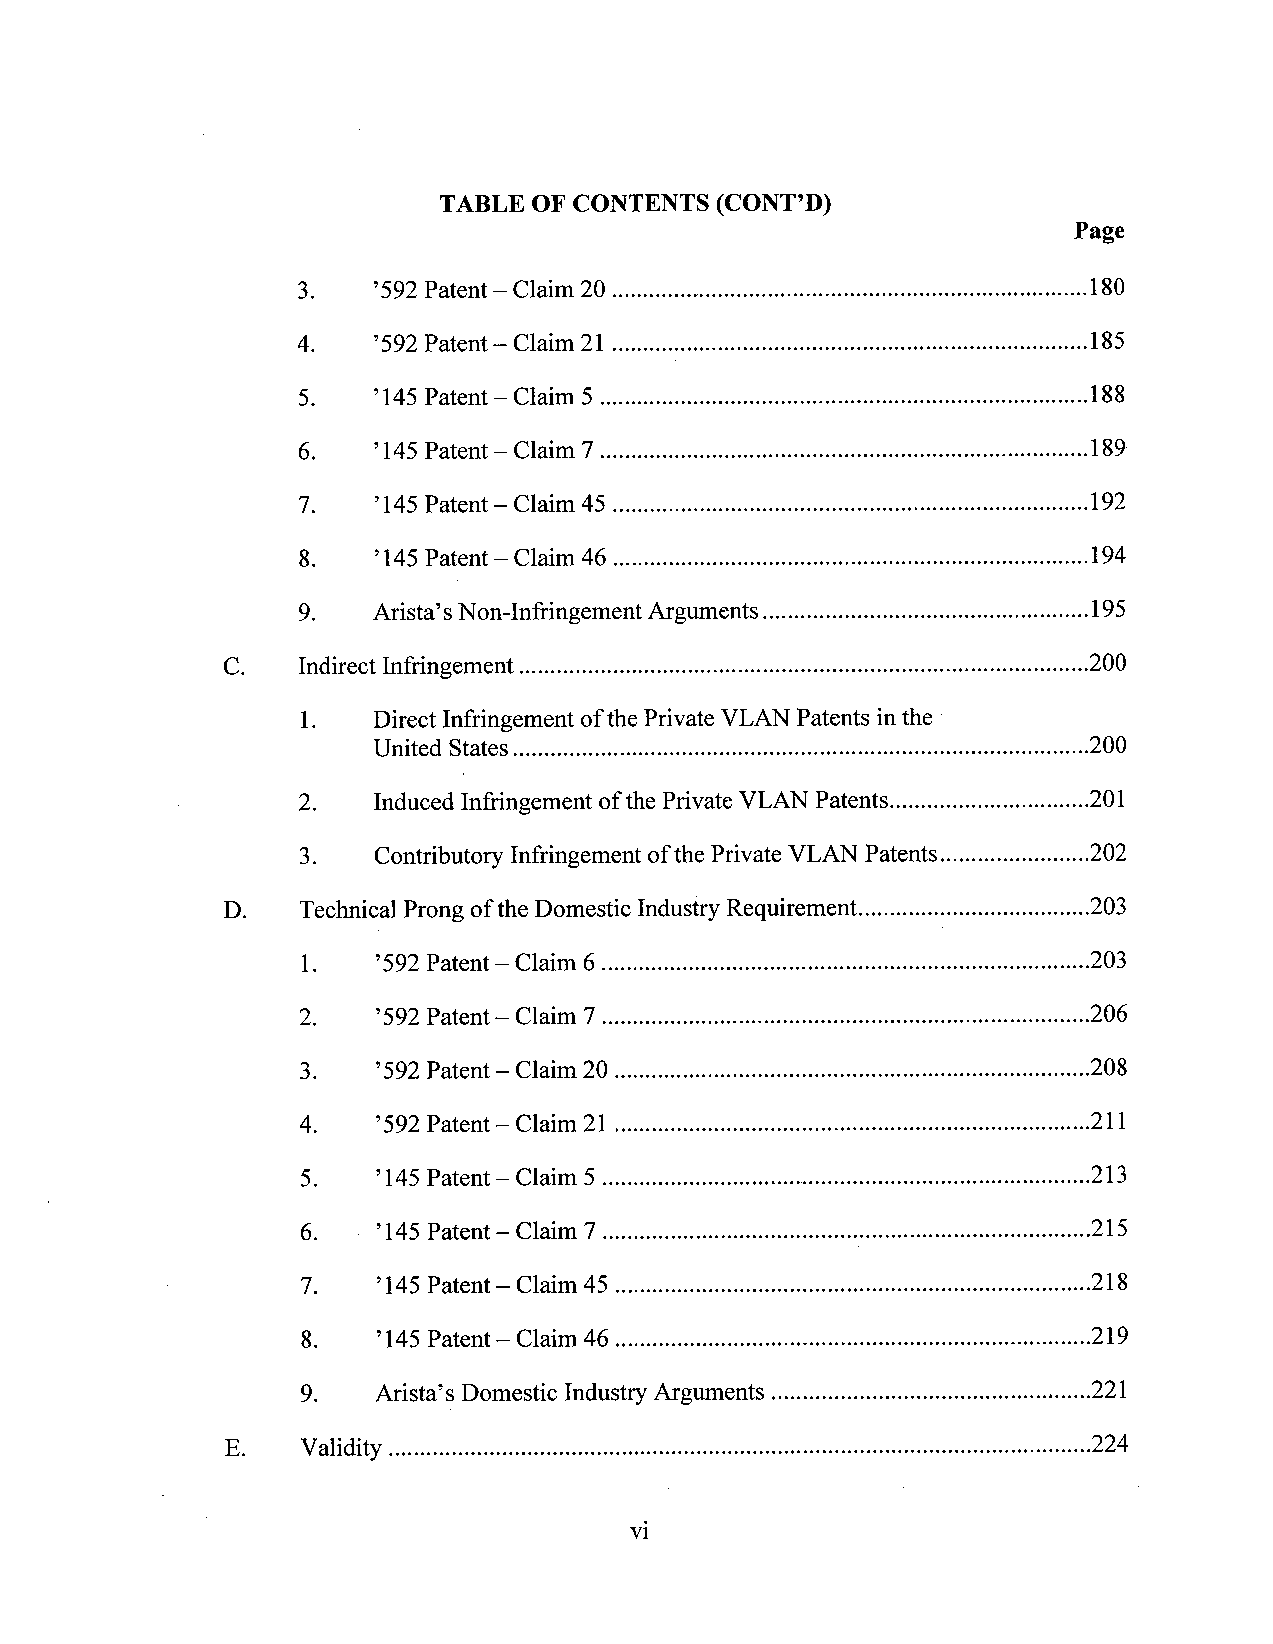
TABLE OF CONTENTS (CONT’D)
 Page
 3.   ’592Patent —Claim 20 ........................................................................... ..l80
 4.   ’592Patent —Claim 21 .......................................................................... ..185
 5.   ’l45 Patent—Claim 5 ..............................................................................188
 6.   ’145 Patent —Claim 7 ............................................................................ ..l89
 7.   ’145Patent —Claim 45 .......................................................................... ..192
 8.   ’145Patent —Claim 46 .......................................................................... ..194
 9.   Arista’s Non-Infringement Arguments....................................................195
 Indirect Infringement ......................................................................................... ..20O
 l.   Direct Infringement ofthe Private VLAN Patents inthe '
 United States...........................................................................................200
 2.   Induced Infringement of the Private VLAN Patents................................201
 3.   Contributory Infringement ofthe Private VLAN Patents........................202
 TechnicalProng ofthe Domestic IndustryRequirement....................................203
 l.   ’592Patent —Claim 6............................................................................ .203
 2.   ’592 Patent —Claim 7 ............................................................................ ..206
 3.   ’592Patent —Claim 20 .......................................................................... .208
 4.   ’592Patent ~ Claim 21 .......................................................................... ..211
 5.   ’145Patent—Claim 5 ............................................................................ ..213
 6.   ’145Patent —Claim 7 ............................................................................ ..215
 7.   ’145Patent —Claim 45 .......................................................................... ..2l8
 8.   ’145Patent —Claim 46 .......................................................................... ..2l9
 9.   Arista’s Domestic Industry Arguments ..................................................221
 Validity ................................................................................................................224
 vi